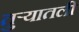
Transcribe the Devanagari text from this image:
तुऱ्यातली